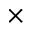
\times